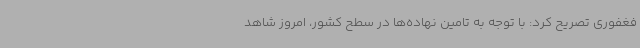
فغفوری تصریح کرد: با توجه به تامین نهاده‌ها در سطح کشور، امروز شاهد